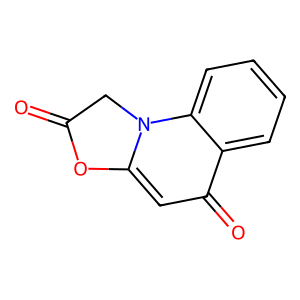
SMILES: O=C1Cn2c(cc(=O)c3ccccc32)O1
Inhibits HIV replication: No